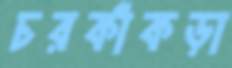
চরকাঁকড়া